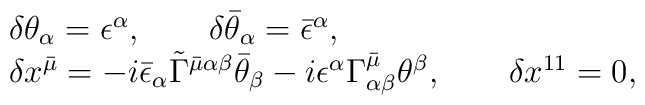
\begin{array}{l}\delta\theta_\alpha=\epsilon^\alpha, \qquad \delta\bar\theta_\alpha=\bar\epsilon^\alpha,\\\delta x^{\bar\mu}=-i\bar\epsilon_\alpha \tilde\Gamma^{\bar\mu\alpha\beta}\bar\theta_\beta-i\epsilon^\alpha\Gamma^{\bar\mu}_{\alpha\beta}\theta^\beta, \qquad \delta x^{11}=0,\end{array}